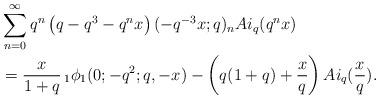
LaTeX: \begin{align*} & \sum_{n=0}^{\infty} q^n \left(q-q^3-q^n x\right)(-q^{-3}x;q)_n Ai_q(q^n x)\\&= \frac{x }{1+q}\,_1\phi_1 (0;-q^2;q,-x)-\left(q(1+q)+\frac{x}{q}\right) Ai_q(\frac{x}{q}). \end{align*}